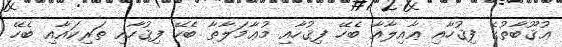
ޢުޤޫބާތުގެ ފިޤުހާއި ޢާއިލާއާ ބެހޭ ފިޤުހާއި މުޢާމަލާތާ ބެހޭ ފިޤުހާއި ތަރިކައާއި ބެހޭ